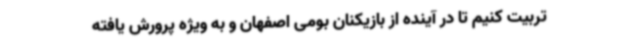
تربیت کنیم تا در آینده از بازیکنان بومی اصفهان و به ویژه پرورش یافته